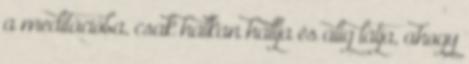
a meditációba, csak halkan hallja és alig látja, ahogy